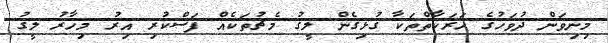
މިނިވަން ދުވަހުގެ ހަރަކާތްތަކާ ގުޅިގެން ލީގު މެޗުތަކެއް ފަސްކުރި އިރު މިހާރު ލީގު